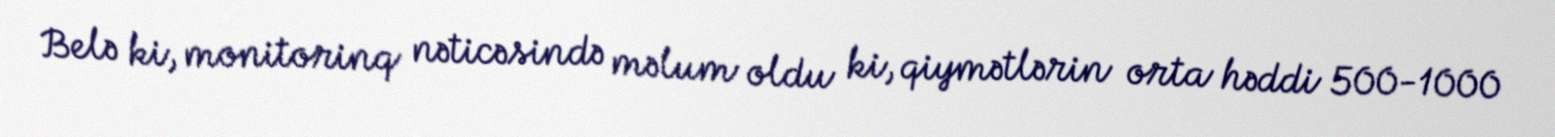
Belə ki, monitorinq nəticəsində məlum oldu ki, qiymətlərin orta həddi 500-1000